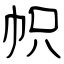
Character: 帜